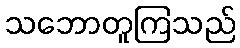
သဘောတူကြသည်